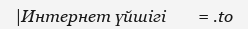
|Интернет үйшігі        = .to